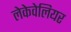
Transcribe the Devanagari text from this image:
लेकेवेलियर